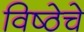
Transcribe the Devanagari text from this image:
विष्ठेचे